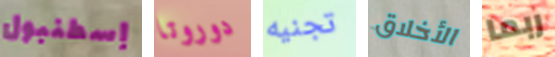
إسطنبول دوروتا تجنيه الأخلاق ربما